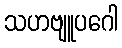
သဟဗျူပဂေါ